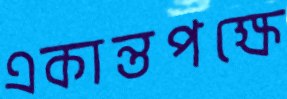
একান্তপক্ষে